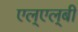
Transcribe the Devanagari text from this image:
एल्‌एल्‌बी